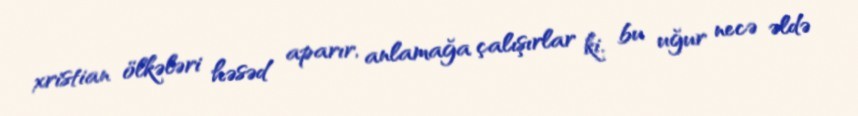
xristian ölkələri həsəd aparır, anlamağa çalışırlar ki, bu uğur necə əldə